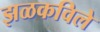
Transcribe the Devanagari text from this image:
झळकविले